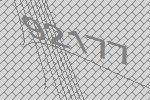
92177